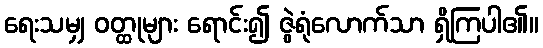
ရေးသမျှ ဝတ္ထုများ ရောင်း၍ ဇွဲရုံလောက်သာ ရှိကြပါ၏။